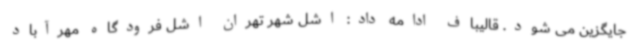
جایگزین می شود. قالیباف ادامه داد: اشل شهر تهران اشل فرودگاه مهرآباد